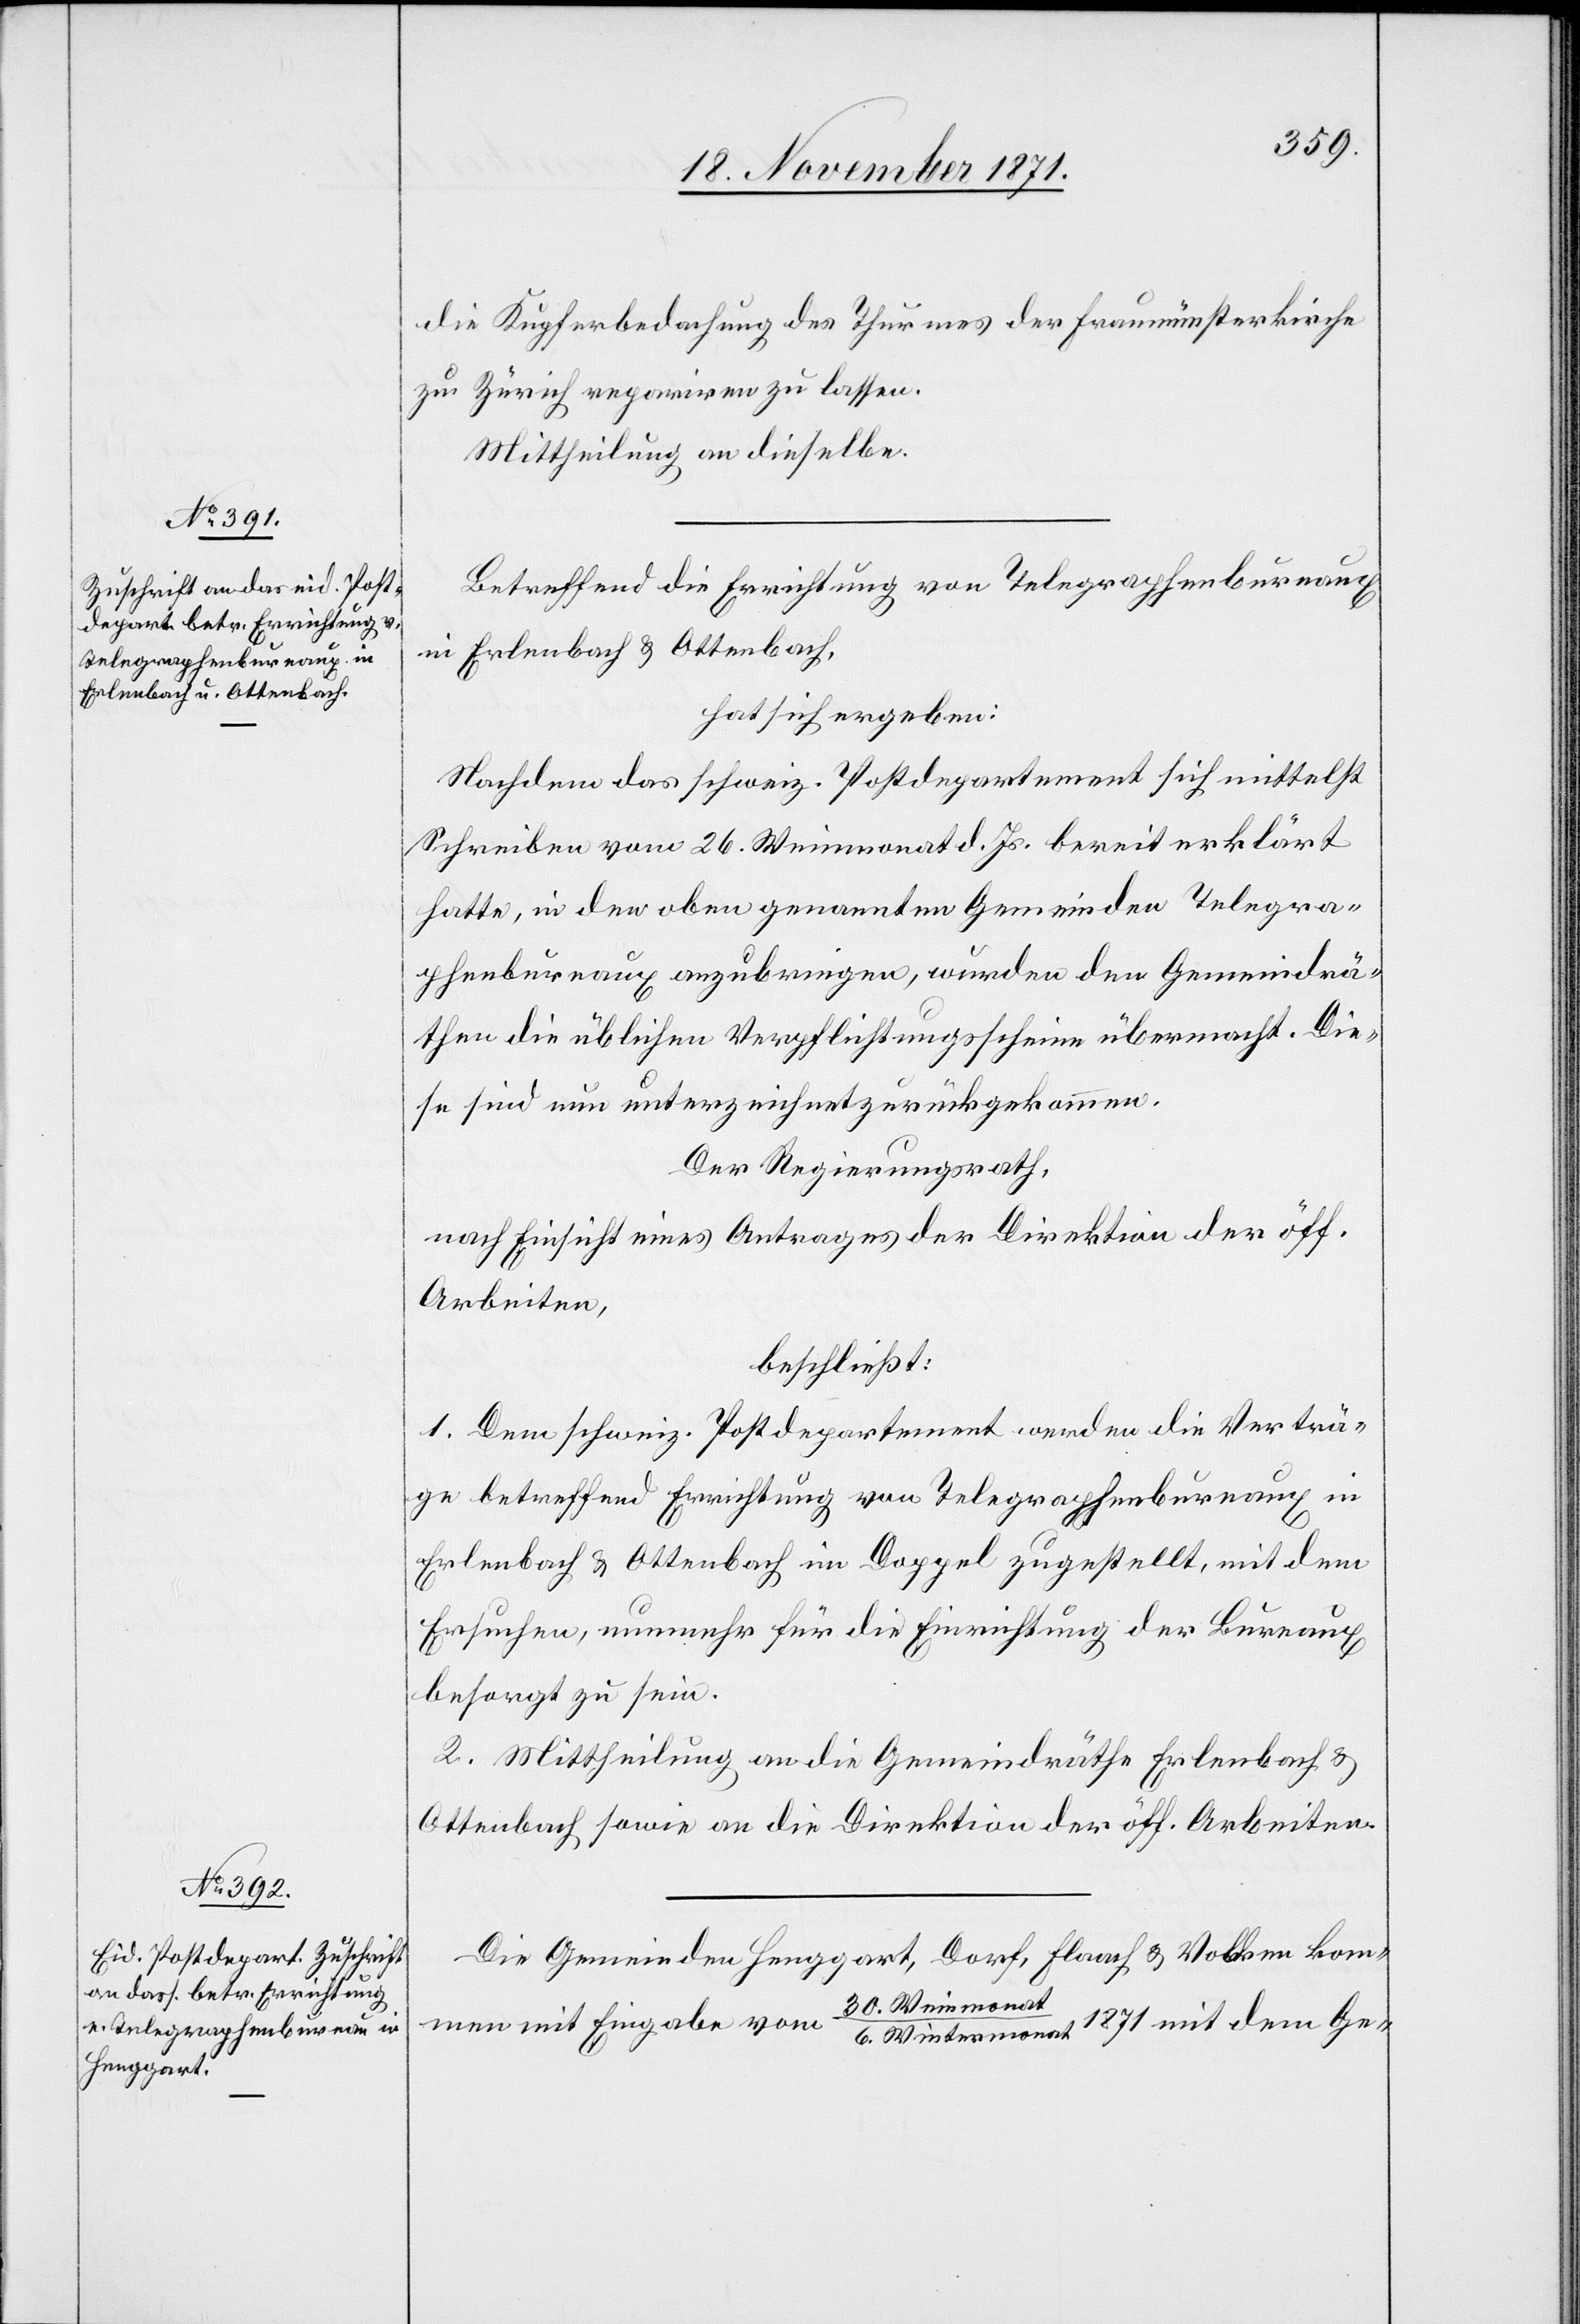
die Kupferbedachung des Thurmes der Fraumünsterkirche
zu Zürich repariren zu lassen.
Mittheilung an dieselbe.
Betreffend die Errichtung von Telegraphenbureaux
in Erlenbach & Ottenbach,
hat sich ergeben:
Nachdem das schweiz. Postdepartement sich mittelst
Schreiben vom 26. Weinmonat d. Js. bereit erklärt
hatte, in den oben genannten Gemeinden Telegra¬
phenbureaux anzubringen, wurden den Gemeindrä¬
then die üblichen Verpflichtungsscheine übermacht. Die¬
se sind nun unterzeichnet zurückgekommen.
Der Regierungsrath,
nach Einsicht eines Antrages der Direktion der öff.
Arbeiten,
beschließt:
1. Dem schweiz. Postdepartement werden die Verträ¬
ge betreffend Errichtung von Telegraphenbureaux in
Erlenbach & Ottenbach im Doppel zugestellt, mit dem
Ersuchen, nunmehr für die Einrichtung der Bureaux
besorgt zu sein.
2. Mittheilung an die Gemeindräthe Erlenbach &
Ottenbach sowie an die Direktion der öff. Arbeiten.
Die Gemeinden Henggart, Dorf, Flaach & Volken kom¬
30. Weinmonat
men mit Eingabe vom
6. Wintermonat 1871 mit dem Ge-